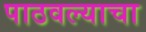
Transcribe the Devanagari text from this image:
पाठवल्याचा